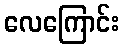
လေကြောင်း